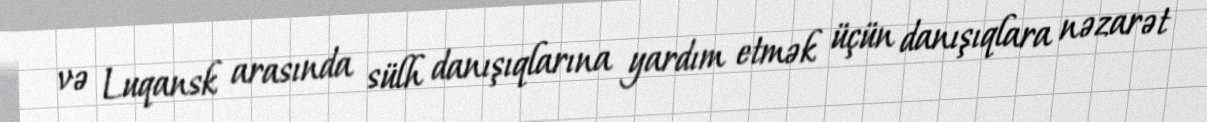
və Luqansk arasında sülh danışıqlarına yardım etmək üçün danışıqlara nəzarət